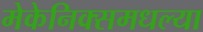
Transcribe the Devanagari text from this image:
मेकेनिक्समधल्या